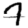
Digit: 7